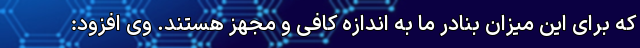
که برای این میزان بنادر ما به اندازه کافی و مجهز هستند. وی افزود: